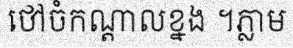
ថៅចំកណ្តាលខ្នង ។ភ្លាម